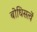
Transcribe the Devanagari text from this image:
बोधिसत्वें